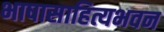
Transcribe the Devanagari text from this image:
भाषासाहित्यभवन